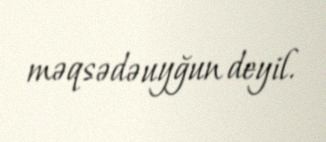
məqsədəuyğun deyil.